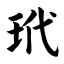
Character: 玳